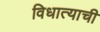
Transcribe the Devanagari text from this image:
विधात्याची